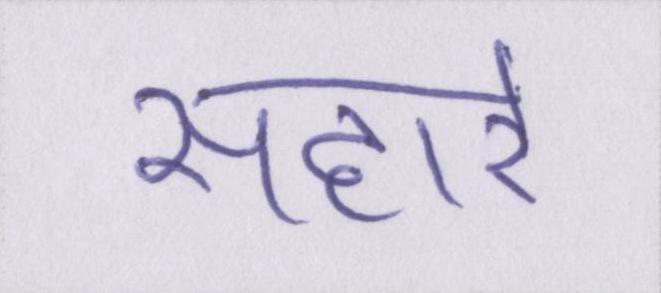
सहारे